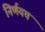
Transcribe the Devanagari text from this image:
निर्णयच